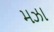
મઝા